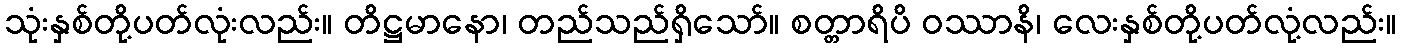
သုံးနှစ်တို့ပတ်လုံးလည်း။ တိဋ္ဌမာနော၊ တည်သည်ရှိသော်။ စတ္တာရိပိ ဝဿာနိ၊ လေးနှစ်တို့ပတ်လုံ့လည်း။